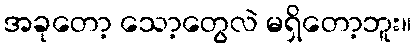
အခုတော့ သော့တွေလဲ မရှိတော့ဘူး။